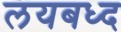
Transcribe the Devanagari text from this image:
लयबध्द